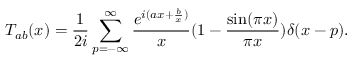
T _ { a b } ( x ) = { \frac { 1 } { 2 i } } \sum _ { p = - \infty } ^ { \infty } { \frac { e ^ { i ( a x + { \frac { b } { x } } ) } } { x } } ( 1 - { \frac { \sin ( \pi x ) } { \pi x } } ) \delta ( x - p ) .